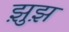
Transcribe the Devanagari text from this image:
झ़ुझ़